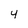
Character: 4